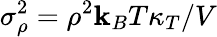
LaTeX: \sigma_{\rho}^{2}=\rho^{2}\mathbf{k}_{B}T\kappa_{T}/V